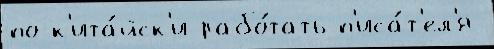
по-к'ита́йск'и рабо́тать п'иса́т'ел'я